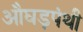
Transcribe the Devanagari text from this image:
औघड़पंथी